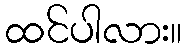
ထင်ပါလား။